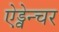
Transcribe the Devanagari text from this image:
ऐड्वेन्चर